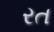
રત